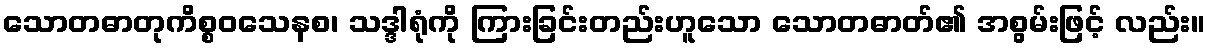
သောတဓာတုကိစ္စဝသေနစ၊ သဒ္ဒါရုံကို ကြားခြင်းတည်းဟူသော သောတဓာတ်၏ အစွမ်းဖြင့် လည်း။